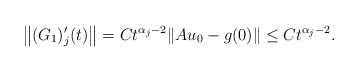
\begin{align*} \left\|(G_1)_j'(t)\right\| = C t^{\alpha_j-2} \|Au_0 - g(0)\| \leq Ct^{\alpha_j-2}. \end{align*}